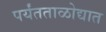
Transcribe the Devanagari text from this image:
पर्यंतताळोद्यात